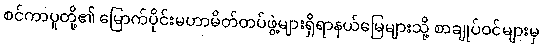
စင်ကာပူတို့၏ မြောက်ပိုင်းမဟာမိတ်တပ်ဖွဲ့များရှိရာနယ်မြေများသို့ စာချုပ်ဝင်များမှ